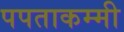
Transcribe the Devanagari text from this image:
पपताकम्मी